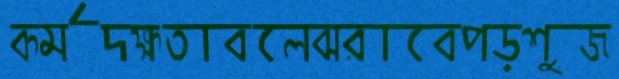
কর্মদক্ষতাবলেঝরাবেপড়শুজ